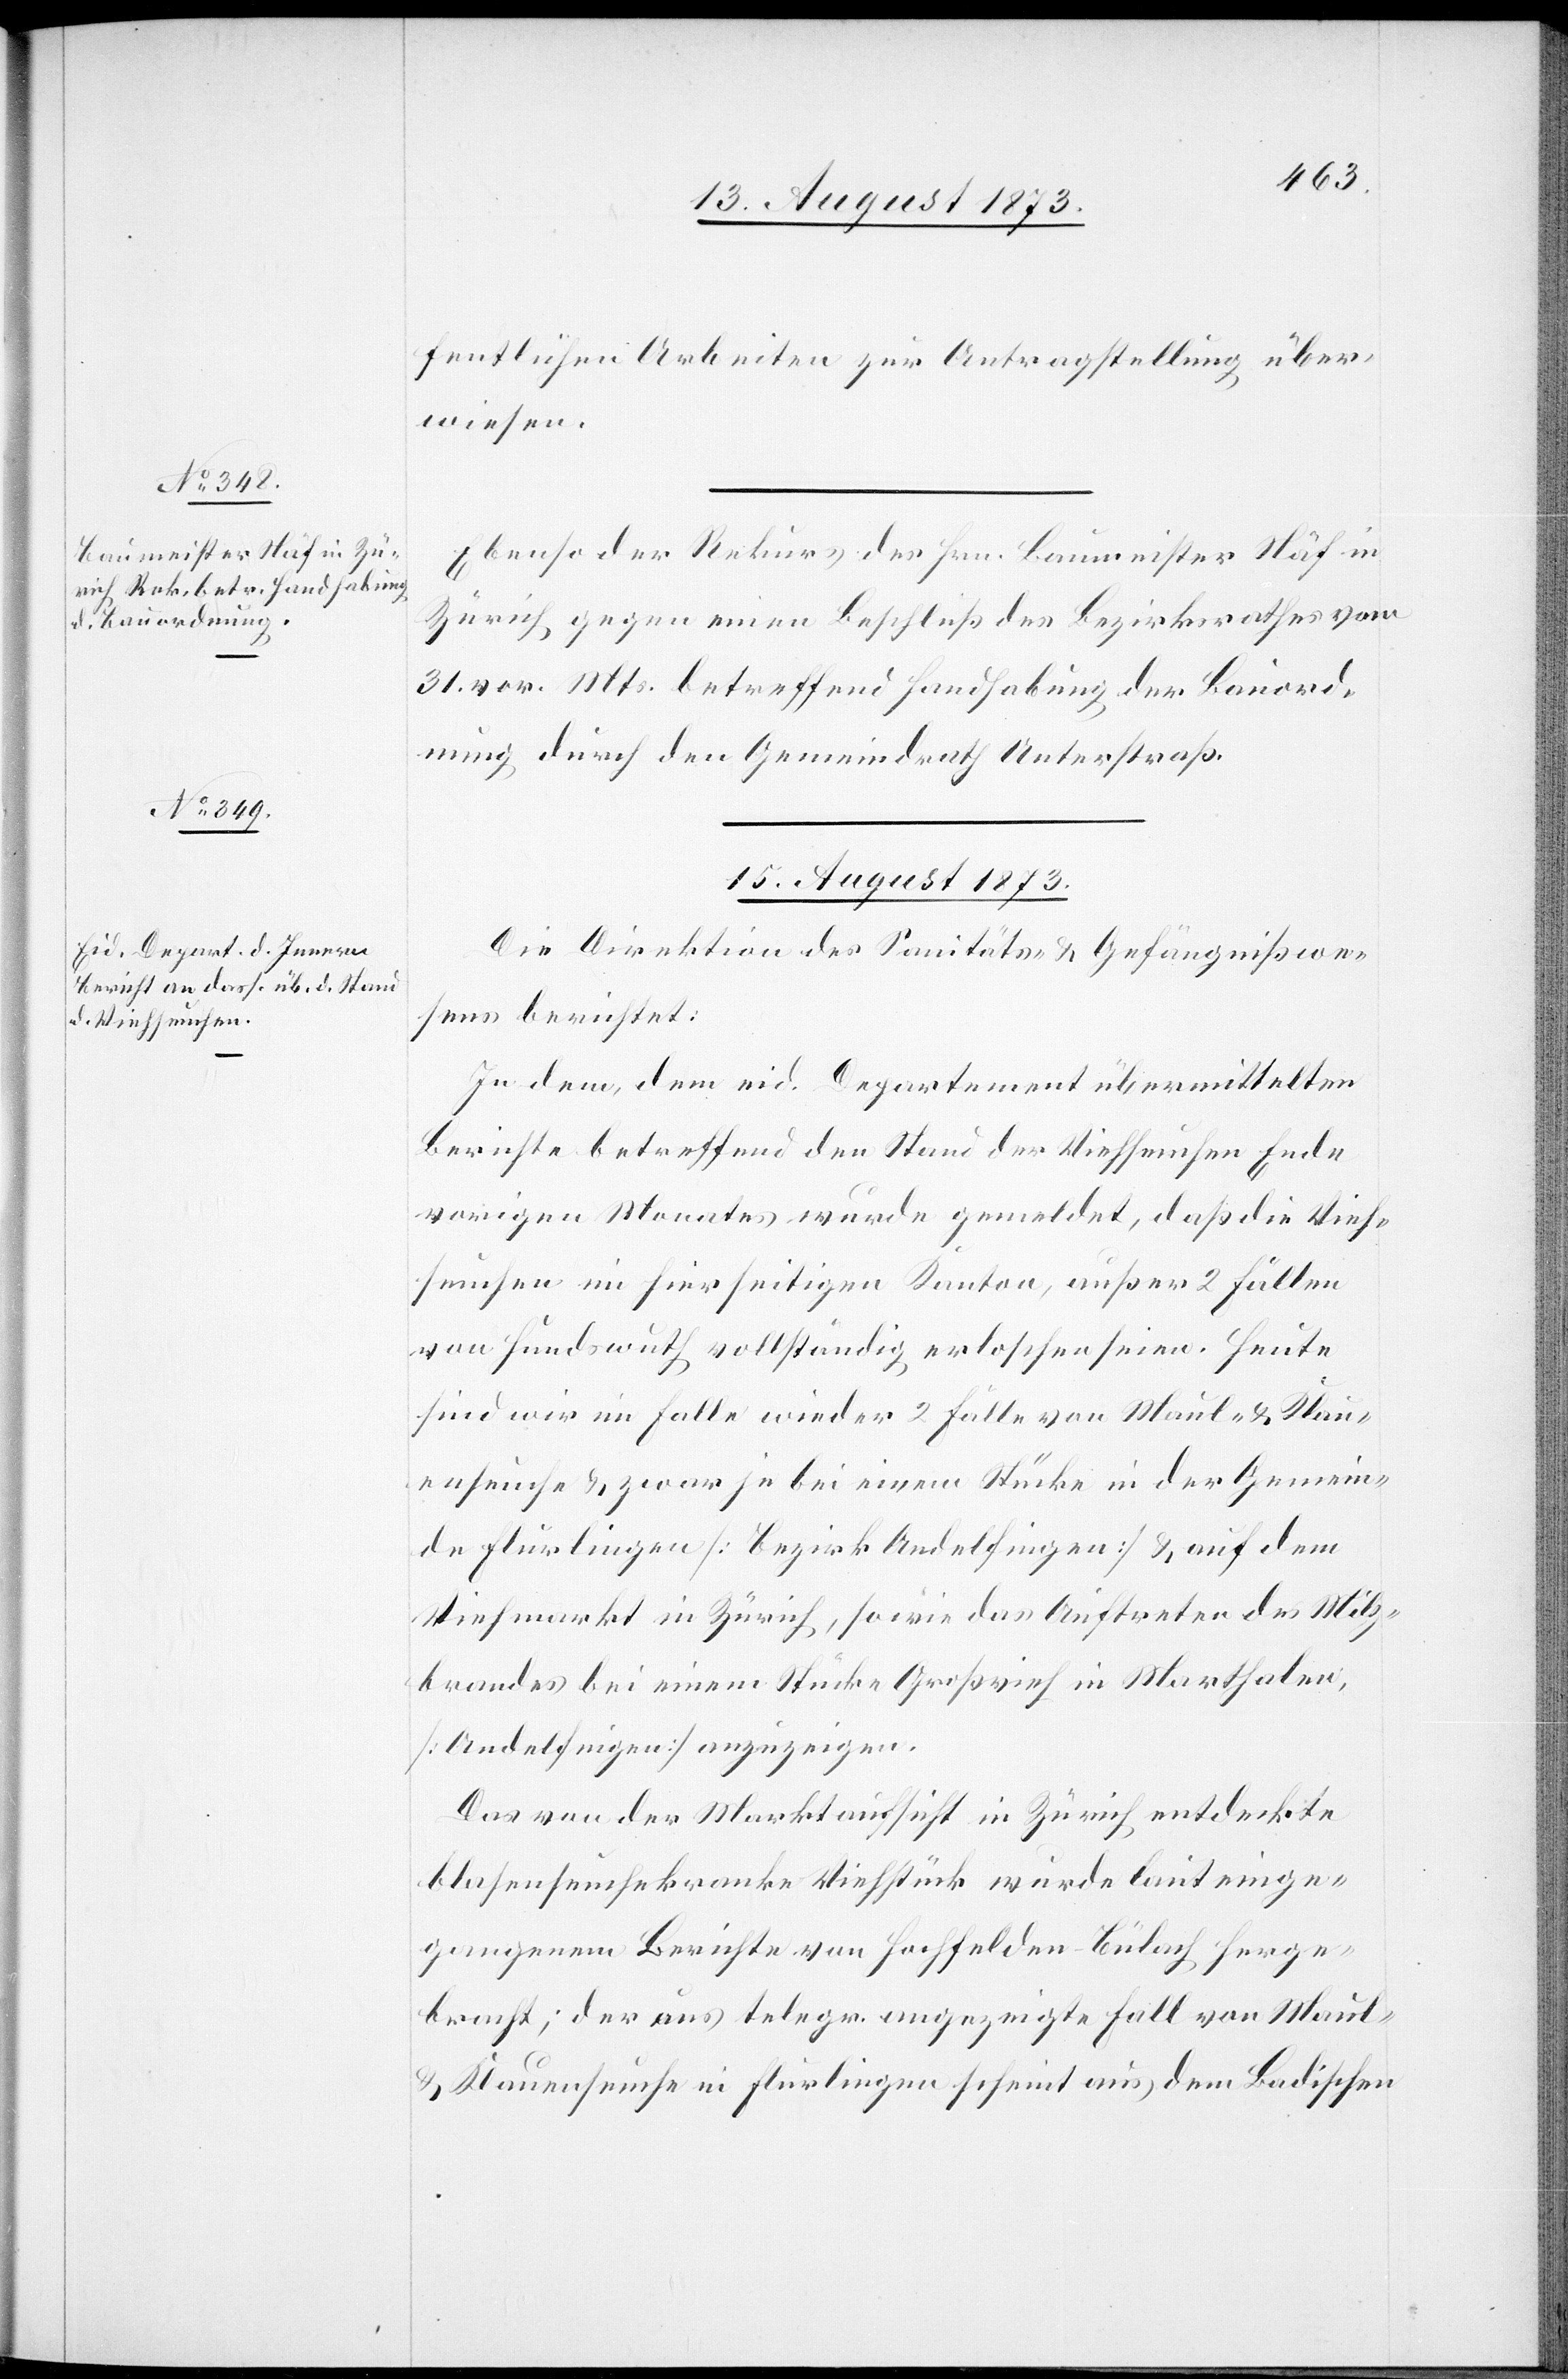
fentlichen Arbeiten zur Antragstellung über¬
wiesen.
Ebenso der Rekurs des Hrn. Baumeister Näf in
Zürich gegen einen Beschluß des Bezirksrathes vom
31. vor. Mts. betreffend Handhabung der Bauord¬
nung durch den Gemeindrath Unterstraß.
15. August 1873.
Die Direktion des Sanitäts- & Gefängnißwe¬
sens berichtet:
In dem, dem eid. Departement übermittelten
Berichte betreffend den Stand der Viehseuchen Ende
vorigen Monates wurde gemeldet, daß die Vieh¬
seuchen im hierseitigen Kanton, außer 2 Fällen
von Hundswuth vollständig erloschen seien. Heute
sind wir im Falle wieder 2 Fälle von Maul- & Klau¬
enseuche & zwar je bei einem Stücke in der Gemein¬
de Flurlingen [Bezirk Andelfingen] & auf dem
Viehmarkt in Zürich, sowie das Auftreten des Milz¬
brandes bei einem Stücke Großvieh in Marthalen,
[Andelfingen] anzuzeigen.
Das von der Marktaufsicht in Zürich entdeckte
blasenseuchekranke Viehstück wurde laut einge¬
gangenem Berichte von Hochfelden-Bülach herge¬
bracht; der uns telegr. angezeigte Fall von Maul-
& Klauenseuche in Flurlingen scheint aus dem Badischen